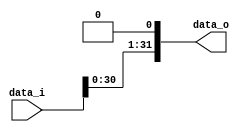
module Shift_Left (
	data_i, 
	data_o
);

input	[31:0] data_i;
output	[31:0] data_o;

assign data_o = data_i << 1;

endmodule